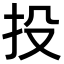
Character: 投